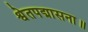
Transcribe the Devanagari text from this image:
श्वेतपद्मासना॥